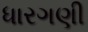
ધારગણી